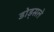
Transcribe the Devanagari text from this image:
डोड्सले